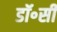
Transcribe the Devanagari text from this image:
डॉ॰सी